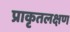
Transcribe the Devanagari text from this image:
प्राकृतलक्षण